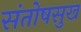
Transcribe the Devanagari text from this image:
संतोषसुख